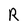
Character: R